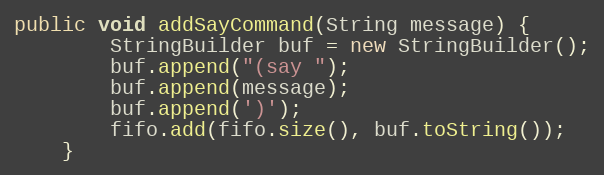
Language: Java
public void addSayCommand(String message) {
        StringBuilder buf = new StringBuilder();
        buf.append("(say ");
        buf.append(message);
        buf.append(')');
        fifo.add(fifo.size(), buf.toString());
    }